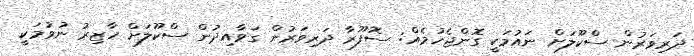
ދަރިވަރުން ސްކޫލަށް ނައުމަކީ ގޮންޖެހުމެއް: ސޮފޫރާ ދަރިވަރުން ގަވާއިދުން ސްކޫލަށް ހާޒިރު ނުވުމަކީ